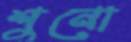
শুনো